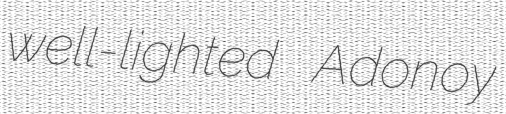
well-lighted Adonoy